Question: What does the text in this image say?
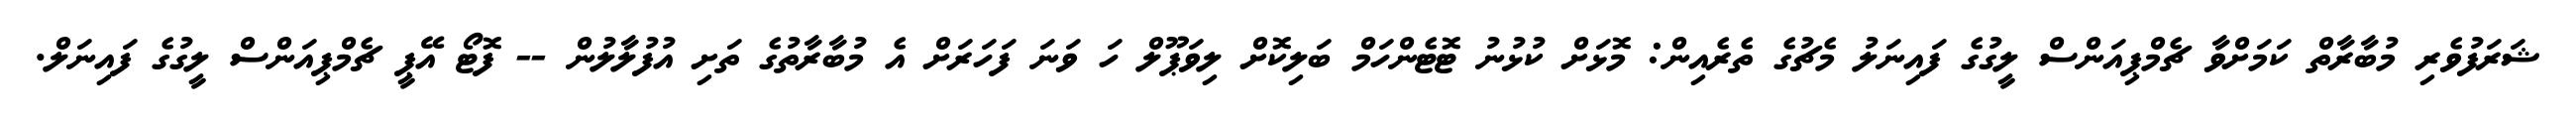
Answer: ޝަރަފުވެރި މުބާރާތް ކަމަށްވާ ޗެމްޕިއަންސް ލީގުގެ ފައިނަލު މެޗުގެ ތެރެއިން: މޮޅަށް ކުޅުނު ޓޮޓެންހަމް ބަލިކޮށް ލިވަޕޫލް ހަ ވަނަ ފަހަރަށް އެ މުބާރާތުގެ ތަށި އުފުލާލުން -- ފޮޓޯ އޭޕީ ޗެމްޕިއަންސް ލީގުގެ ފައިނަލް.